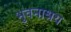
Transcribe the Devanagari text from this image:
भुवनाश्रय